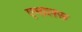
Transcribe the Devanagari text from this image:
एमालस